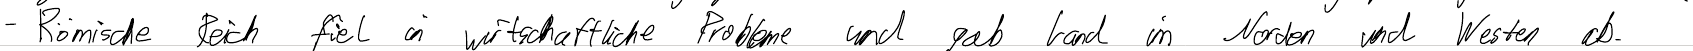
- Römische Reich fiel in wirtschaftliche Probleme und gab Land im Norden und Westen ab.